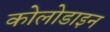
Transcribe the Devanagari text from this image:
कोलोडाइन